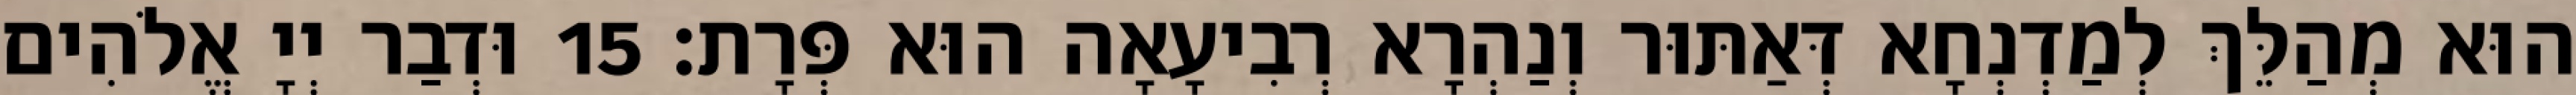
הוּא מְהַלֵּךְ לְמַדְנְחָא דְּאַתּוּר וְנַהְרָא רְבִיעָאָה הוּא פְּרָת׃ 15 וּדְבַר יְיָ אֱלֹהִים